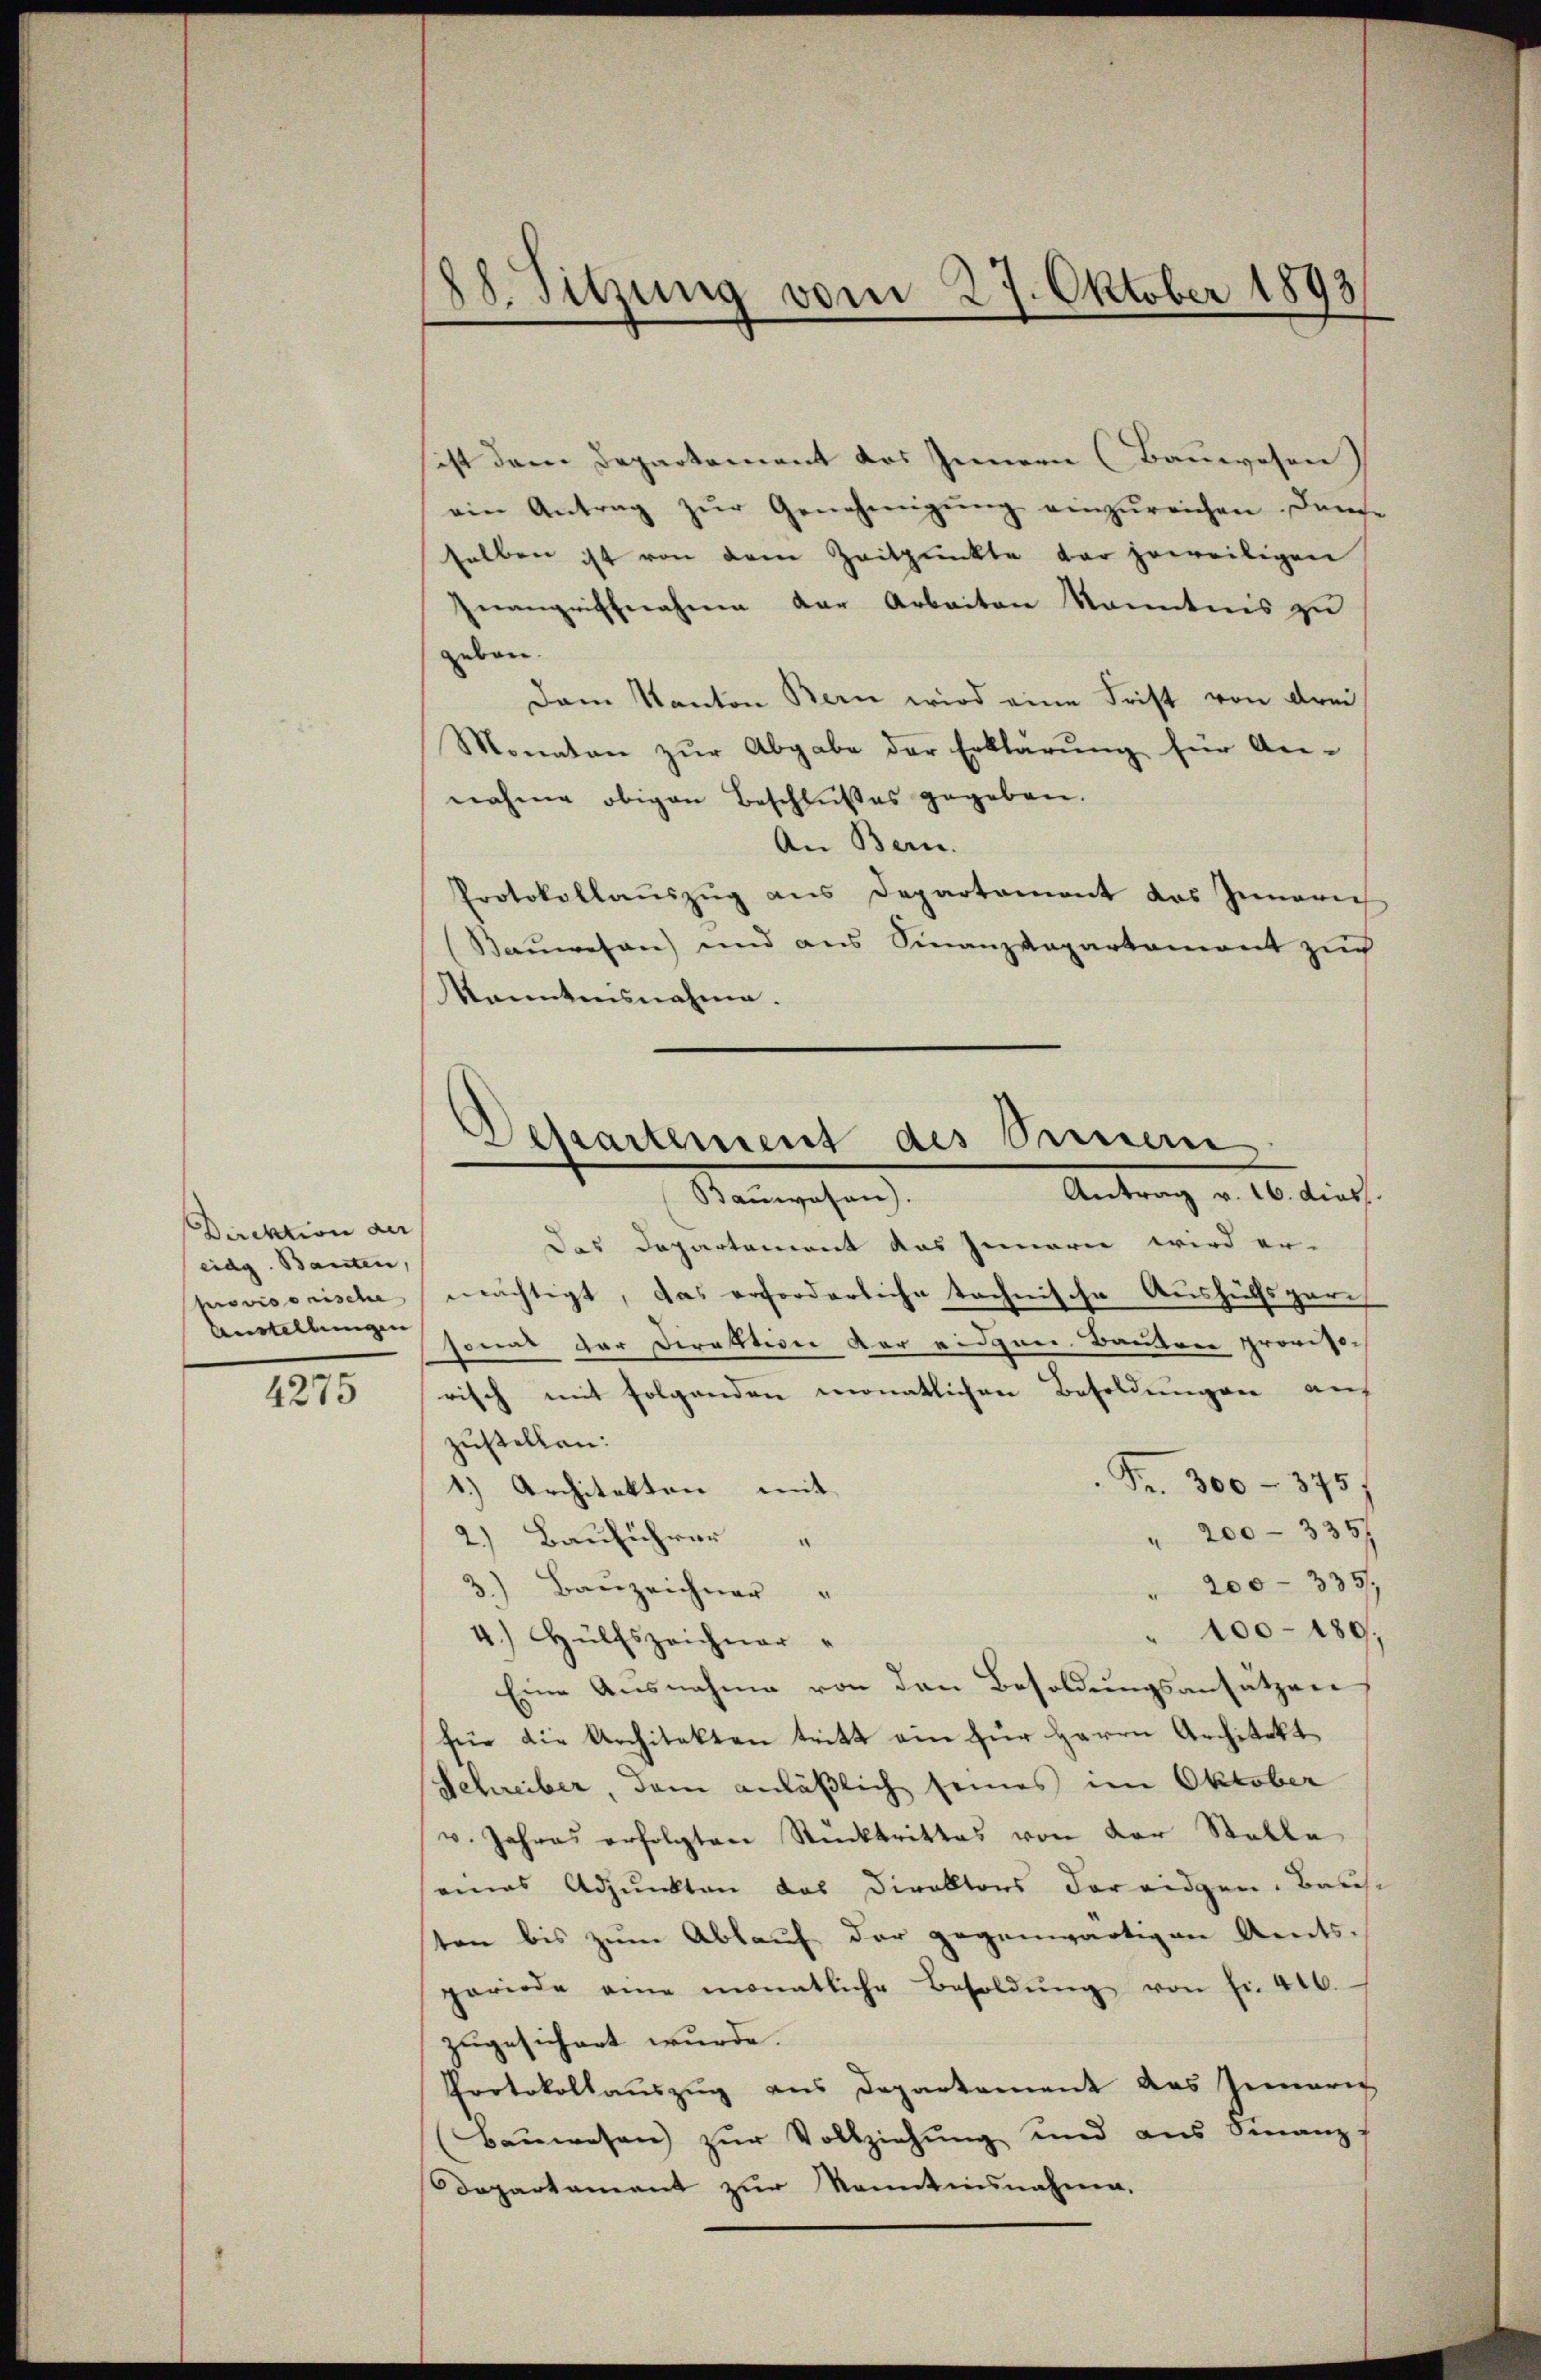
Direktion der
eidg. Bauten,
provisorische
Anstellungen

4275

88. Sitzung vom 27. Oktober 1893

Departement des Sinnern
Antrag v. 16. dies
Namenschen

sest dem Departement des Innern (Bauwesen
ein Antrag zŭr Genehmigŭng einzŭreichen. Dann-
selben ist von dem Zeitpunkte der jeweiligen
Inangriffnahme der Arbeiten Kenntnis zu
geben.
Dem Kanton Bern wird eine Frist von drei
Monaten zŭr Abgabe der Erklärung für An-
nahme obigen Beschlußes gegeben.
An Bern.
Protokollaŭszŭg ans Departement das Innerich
Bauwesen) und aus Finanzdepartament zu
Kanntnisnahme.
das Departement das Innern wird er-
mächtigt, das erforderliche technische Aushülfsparch
sonal der Direktion der eidgen. Bautre provisorisch mit folgenden monatlichen Besoldungen auf
zustellen:
Fr. 300 - 375
1.) Architekten mit
" 200 - 3357
2.) Bauführer "
200 - 335.
3) Bauzeichner "
" 100–150.
4.) Hülfszeichner
Eine Ausnahme von den Besoldungsansätzen,
für die Architekten tritt ein zur Herrn Architekt
Schreiber, dem anläßlich seines im Oktober
v. Jahres erfolgten Rücktrittes von der Stelle
eines Adjunkten das Direktors der eidgen. Baus-
ten bis zum Ablauf der gegenwärtigen Amts-
periode eine monatliche Besoldŭng von Fr. 416.
zugesichert wurde.
Protokollauszug aus Departement das Inneris
Baŭwesen zŭr Vollziehŭng und aus Finanz
Departament zŭr Kenntnisnahmen.